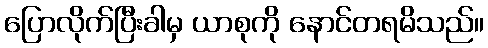
ပြောလိုက်ပြီးခါမှ ယာစုကို နောင်တရမိသည်။